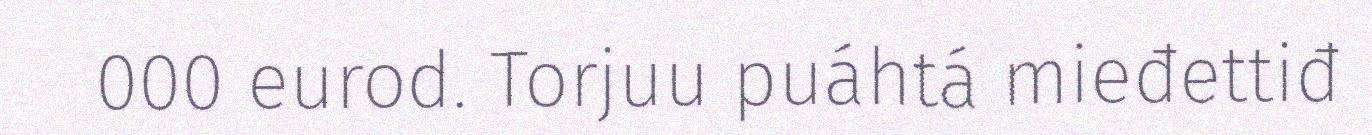
000 eurod. Torjuu puáhtá mieđettiđ